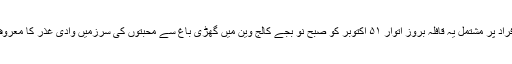
خدا خدا کرکے اصحاب علم و قلم کا سینتیس (۷۳)افراد پر مشتمل یہ قافلہ بروز اتوار ۵۱ اکتوبر کو صبح نو بجے کالج وین میں گھڑی باغ سے محبتوں کی سرزمیں وادی غذر کا معروف گاو¿ں اشکومن پکورہ کی طرف پابہ رکاب ہوا۔